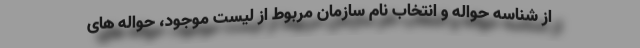
از شناسه حواله و انتخاب نام سازمان مربوط از لیست موجود، حواله های